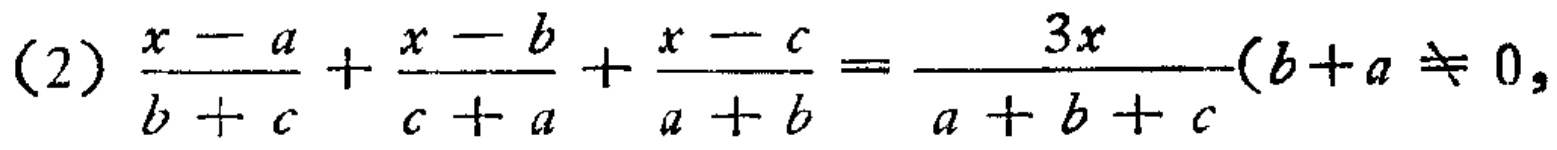
(2) \(\frac{x - a}{b + c}+\frac{x - b}{c + a}+\frac{x - c}{a + b}=\frac{3x}{a + b + c}(b + a\neq0,\)